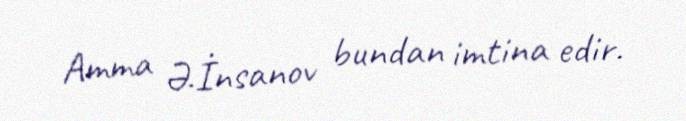
Amma Ə.İnsanov bundan imtina edir.